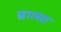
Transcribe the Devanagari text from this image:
व्रात्सा